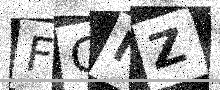
Text: FCNZ